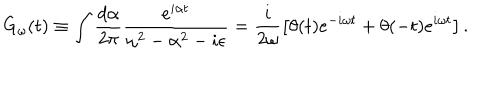
LaTeX: G _ { \omega } ( t ) \equiv \int \frac { d \alpha } { 2 \pi } \frac { e ^ { i \alpha t } } { \omega ^ { 2 } - \alpha ^ { 2 } - i \epsilon } = \frac { i } { 2 \omega } \left[ \theta ( t ) e ^ { - i \omega t } + \theta ( - t ) e ^ { i \omega t } \right] .